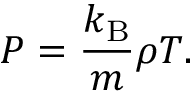
P = \frac { k _ { \mathrm { B } } } { m } \rho T .